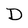
Character: D